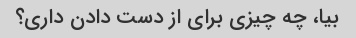
بیا، چه چیزی برای از دست دادن داری؟